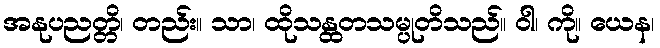
အနုပညတ္တိ၊ တည်း။ သာ၊ ထိုသန္ထတသမ္ပုတိသည်။ ဝါ၊ ကို။ ယေန၊